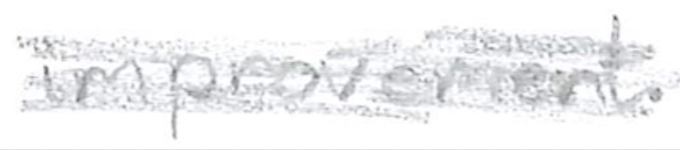
Text: improvement.
Cross-out: scratch
Writing tool: pencil